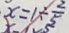
x = 1 \div \frac { 2 } { 5 }